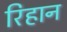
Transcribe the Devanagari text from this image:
रिहान